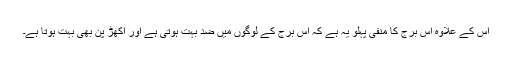
اس کے علاوہ اس برج کا منفی پہلو یہ ہے کہ اس برج کے لوگوں میں ضد بہت ہوتی ہے اور اکھڑ پن بھی بہت ہوتا ہے۔